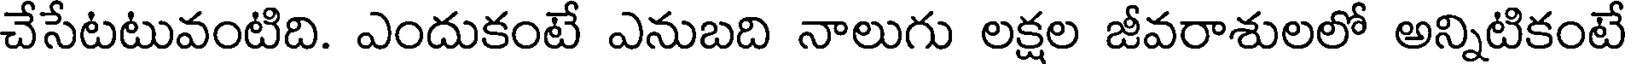
చేసేటటువంటిది. ఎందుకంటే ఎనుబది నాలుగు లక్షల జీవరాశులలో అన్నిటికంటే